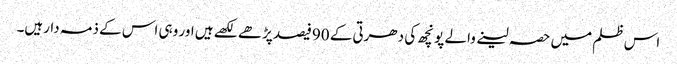
اس ظلم میں حصہ لینے والے پونچھ کی دھرتی کے 90فیصد پڑھے لکھے ہیں اور وہی اس کے ذمہ دارہیں۔